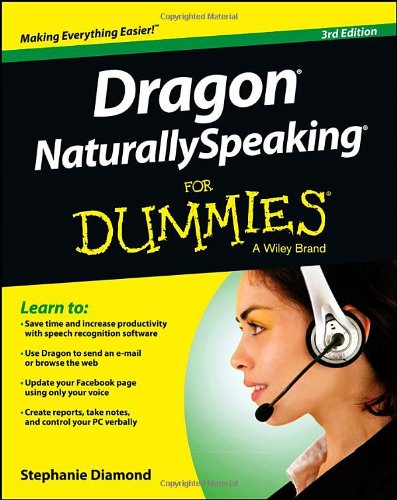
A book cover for Dragon NaturallySpeaking For Dummies; Stephanie Diamond; Computers & Technology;